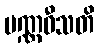
ပဏ္ဏဝီသတိ